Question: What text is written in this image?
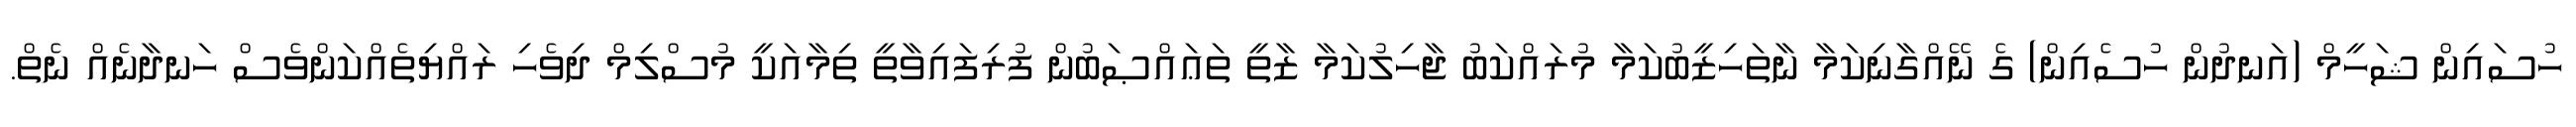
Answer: ހުސައިން ޝަހީމް (އަނދުން ހުސެއިން) ގެ ނޭއްގާނިކަމާ ނާތަހިޒީބުކަމާ މުރައްކަބު ޖާހިލުކަމާ ޒާތީ ތަޢައްޞަބުން ފުރިފައިވާތީ ތިމާއަކީ މުސްލިމް ދިވެހި ރައްޔިތެއްކަންވެސް ހަނދާނެއް ނެތް.